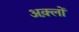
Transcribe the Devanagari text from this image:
अक़्लों